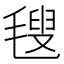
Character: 𣯜